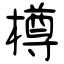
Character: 樽